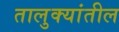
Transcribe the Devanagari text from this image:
तालुक्‍यांतील